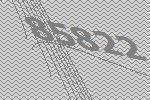
85822